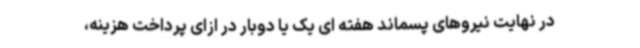
در نهایت نیروهای پسماند هفته ای یک یا دوبار در ازای پرداخت هزینه،